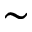
\sim